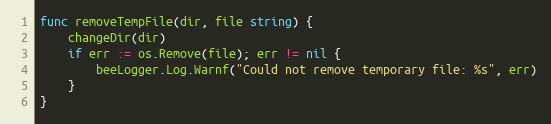
Language: Go
func removeTempFile(dir, file string) {
	changeDir(dir)
	if err := os.Remove(file); err != nil {
		beeLogger.Log.Warnf("Could not remove temporary file: %s", err)
	}
}